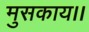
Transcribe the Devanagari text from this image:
मुसकाय।।